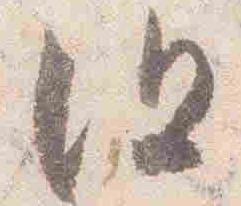
但